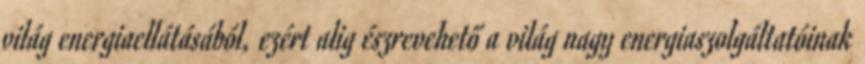
világ energiaellátásából, ezért alig észrevehető a világ nagy energiaszolgáltatóinak